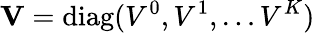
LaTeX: \mathbf{V}=\mathrm{diag}(V^{0},V^{1},\ldots V^{K})